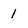
Character: 1